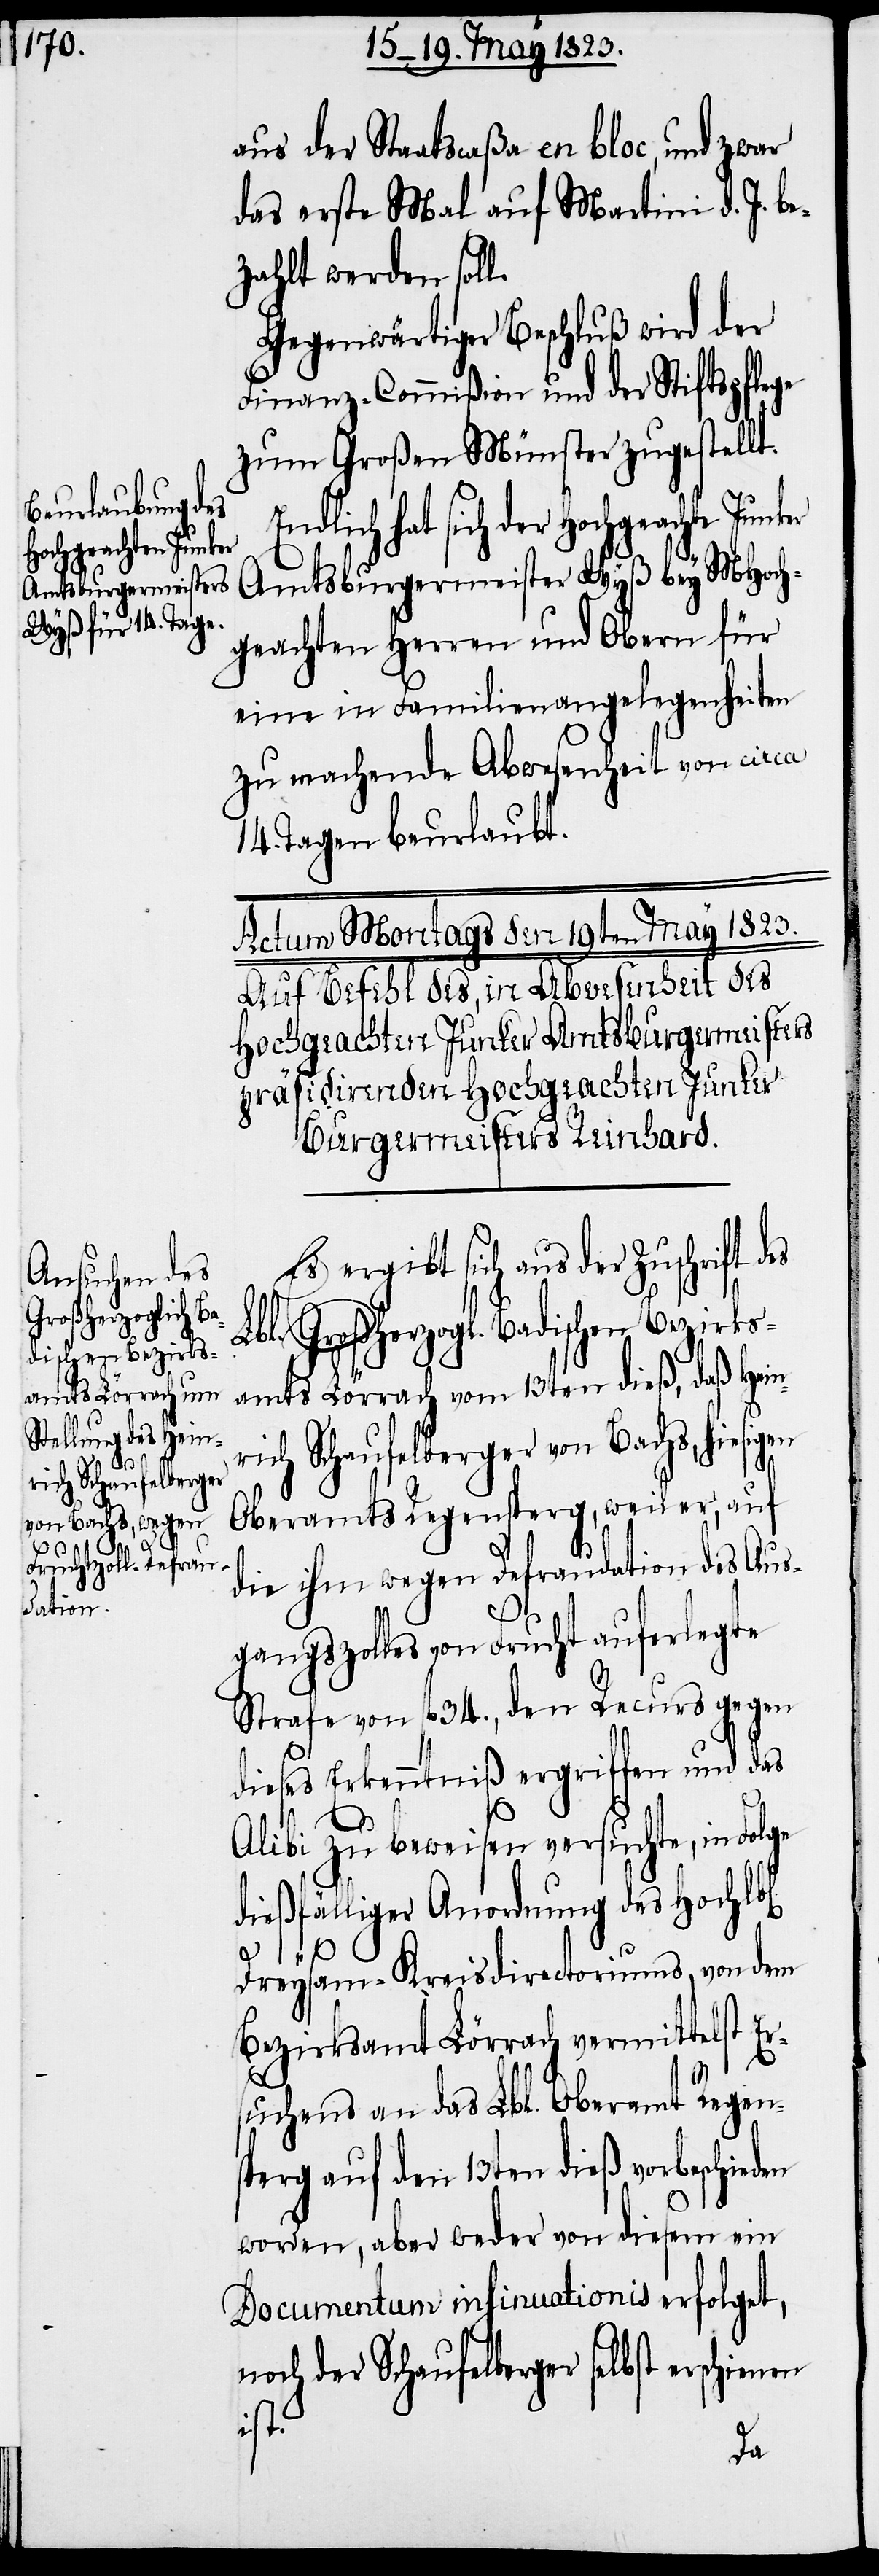
Hochgeachte Junker

aus der Staatscaßa en bloc, und zwar
das erste Mal auf Martini d. J. b¬
ezahlt werden soll.
Gegenwärtiger Beschluß wird der
Finanz-Commißion und der Stiftspflege
zum Großen Münster zugestellt.
Endlich hat sich der
Amtsburgermeister Wyß bey MHoch¬
geachten Herren und Obern für
eine in Familienangelegenheiten
zu machende Abwesenheit von circa
14. Tagen beurlaubt.
Actum Montags den 19ten May 1823.
Auf Befehl des, in Abwesenheit des
Hochgeachten Junker Amtsburgermeisters
präsidirenden Hochgeachten Junker
Burgermeisters Reinhard.
Es ergibt sich aus der Zuschrift des
Lbl. Großherzogl. Badischen Bezirks¬
amts Lörrach vom 13ten dieß, daß Hein¬
rich Schaufelberger von Bachs, hiesigen
Oberamts Regensperg, weil er, auf
die ihm wegen Defraudation des Aus¬
gangszolles von Frucht auferlegte
Strafe von fl. 34., den Recurs gegen
dieses Erkenntniß ergriffen und das
Alibi zu beweisen versuchte, in Folge
dießfälliger Anordnung des Hochlb¬
l[ichen].
Dreysam-Kreisdirectoriums, von dem
Bezirksamt Lörrach vermittelst Er¬
suchens an das Lbl. Oberamt Regen¬
sperg auf den 13ten dieß vorbeschieden
worden, aber weder von diesem ein
Documentum insinuationis erfolget,
noch der Schaufelberger selbst erschienen
ist.